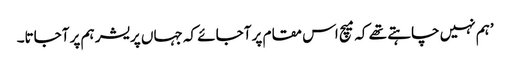
’ہم نہیں چاہتے تھے کہ میچ اس مقام پر آجائے کہ جہاں پریشر ہم پر آجاتا۔